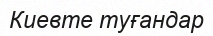
Киевте туғандар